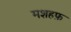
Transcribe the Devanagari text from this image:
मशहफ़